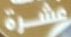
عشرة